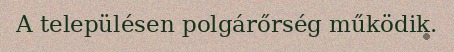
A településen polgárőrség működik.